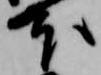
本